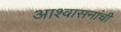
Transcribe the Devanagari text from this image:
आश्वासनांची